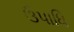
ઉપાધિ